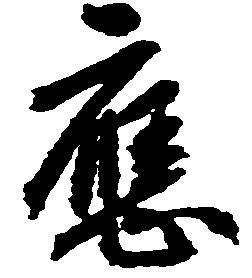
応